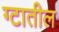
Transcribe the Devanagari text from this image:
ग्टातील